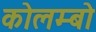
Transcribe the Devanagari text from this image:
कोलम्‍बो